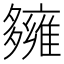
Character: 𡗌